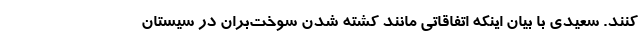
کنند. سعیدی با بیان اینکه اتفاقاتی مانند کشته شدن سوخت‌بران در سیستان